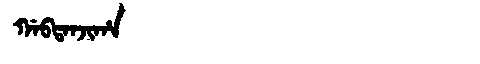
Manchu: ᡤᠠᠪᡨᠠᠨᠵᡳᡥᠠ
Romanization: GABTANJIHA